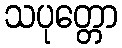
သပုတ္တော